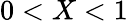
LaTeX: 0<X<1